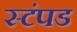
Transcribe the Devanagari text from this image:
स्टंपड